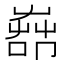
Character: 𦱡